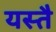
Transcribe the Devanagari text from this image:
यस्तै